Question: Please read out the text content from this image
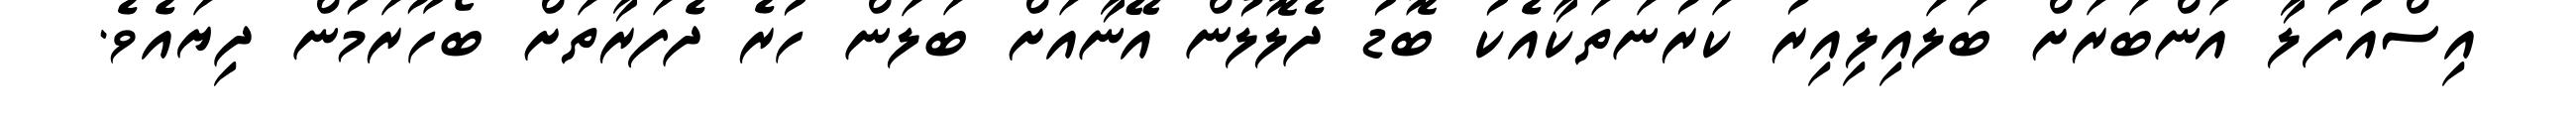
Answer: އިސްއުފުލާ އަންބަރަށް ބަލައިލިއިރު ކަރުނަތަކާއެކު ބޮޑު ދެލޮލުން އޭނާއަށް ބަލަން ހުރެ ދެފަރާތަށް ބޯހޫރަމުން ދިޔައެވެ.